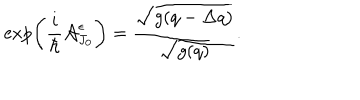
\exp \left( \frac { i } { \hbar } { \cal A } _ { J _ { 0 } } ^ { \epsilon } \right) = \frac { \sqrt { g ( q - \Delta q ) } } { \sqrt { g ( q ) } } .